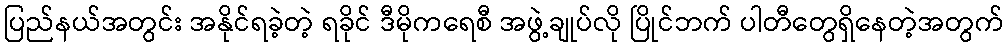
ပြည်နယ်အတွင်း အနိုင်ရခဲ့တဲ့ ရခိုင် ဒီမိုကရေစီ အဖွဲ့ချုပ်လို ပြိုင်ဘက် ပါတီတွေရှိနေတဲ့အတွက်